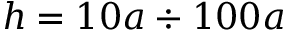
h = 1 0 a \div 1 0 0 a